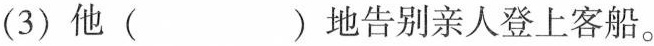
(3)他( )地告别亲人登上客船。